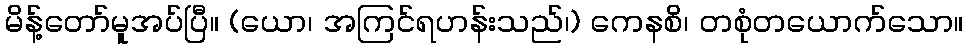
မိန့်တော်မူအပ်ပြီ။ (ယော၊ အကြင်ရဟန်းသည်၊) ကေနစိ၊ တစုံတယောက်သော။